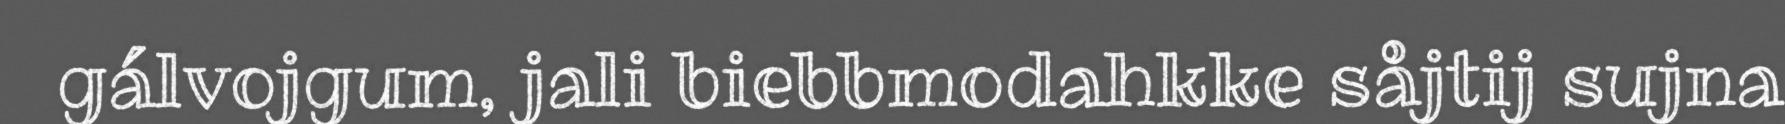
gálvojgum, jali biebbmodahkke såjtij sujna